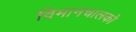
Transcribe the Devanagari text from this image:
विमानचालको